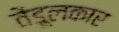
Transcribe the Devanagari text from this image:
तेंडूलकार